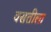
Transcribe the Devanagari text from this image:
वसतीला